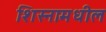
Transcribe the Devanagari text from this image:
शिस्नामधील